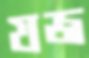
যজ